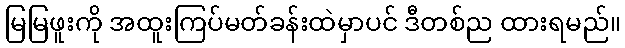
မြမြဖူးကို အထူးကြပ်မတ်ခန်းထဲမှာပင် ဒီတစ်ည ထားရမည်။